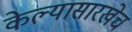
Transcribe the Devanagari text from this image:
केल्यासारखेच